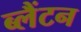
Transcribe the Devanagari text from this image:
ब्लैंटन